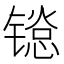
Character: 𬭱